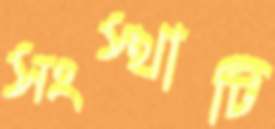
সংস্থাটি